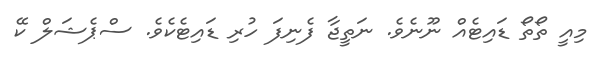
މިއީ ތޯތޯ ޑައިޓެއް ނޫނެވެ. ނަތީޖާ ފެނިފަ ހުރި ޑައިޓެކެވެ. ސްޕެޝަލް ކޭ